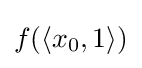
f(\langle x_{0},1\rangle )